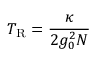
T _ { \mathrm { R } } = \frac { \kappa } { 2 g _ { 0 } ^ { 2 } N }